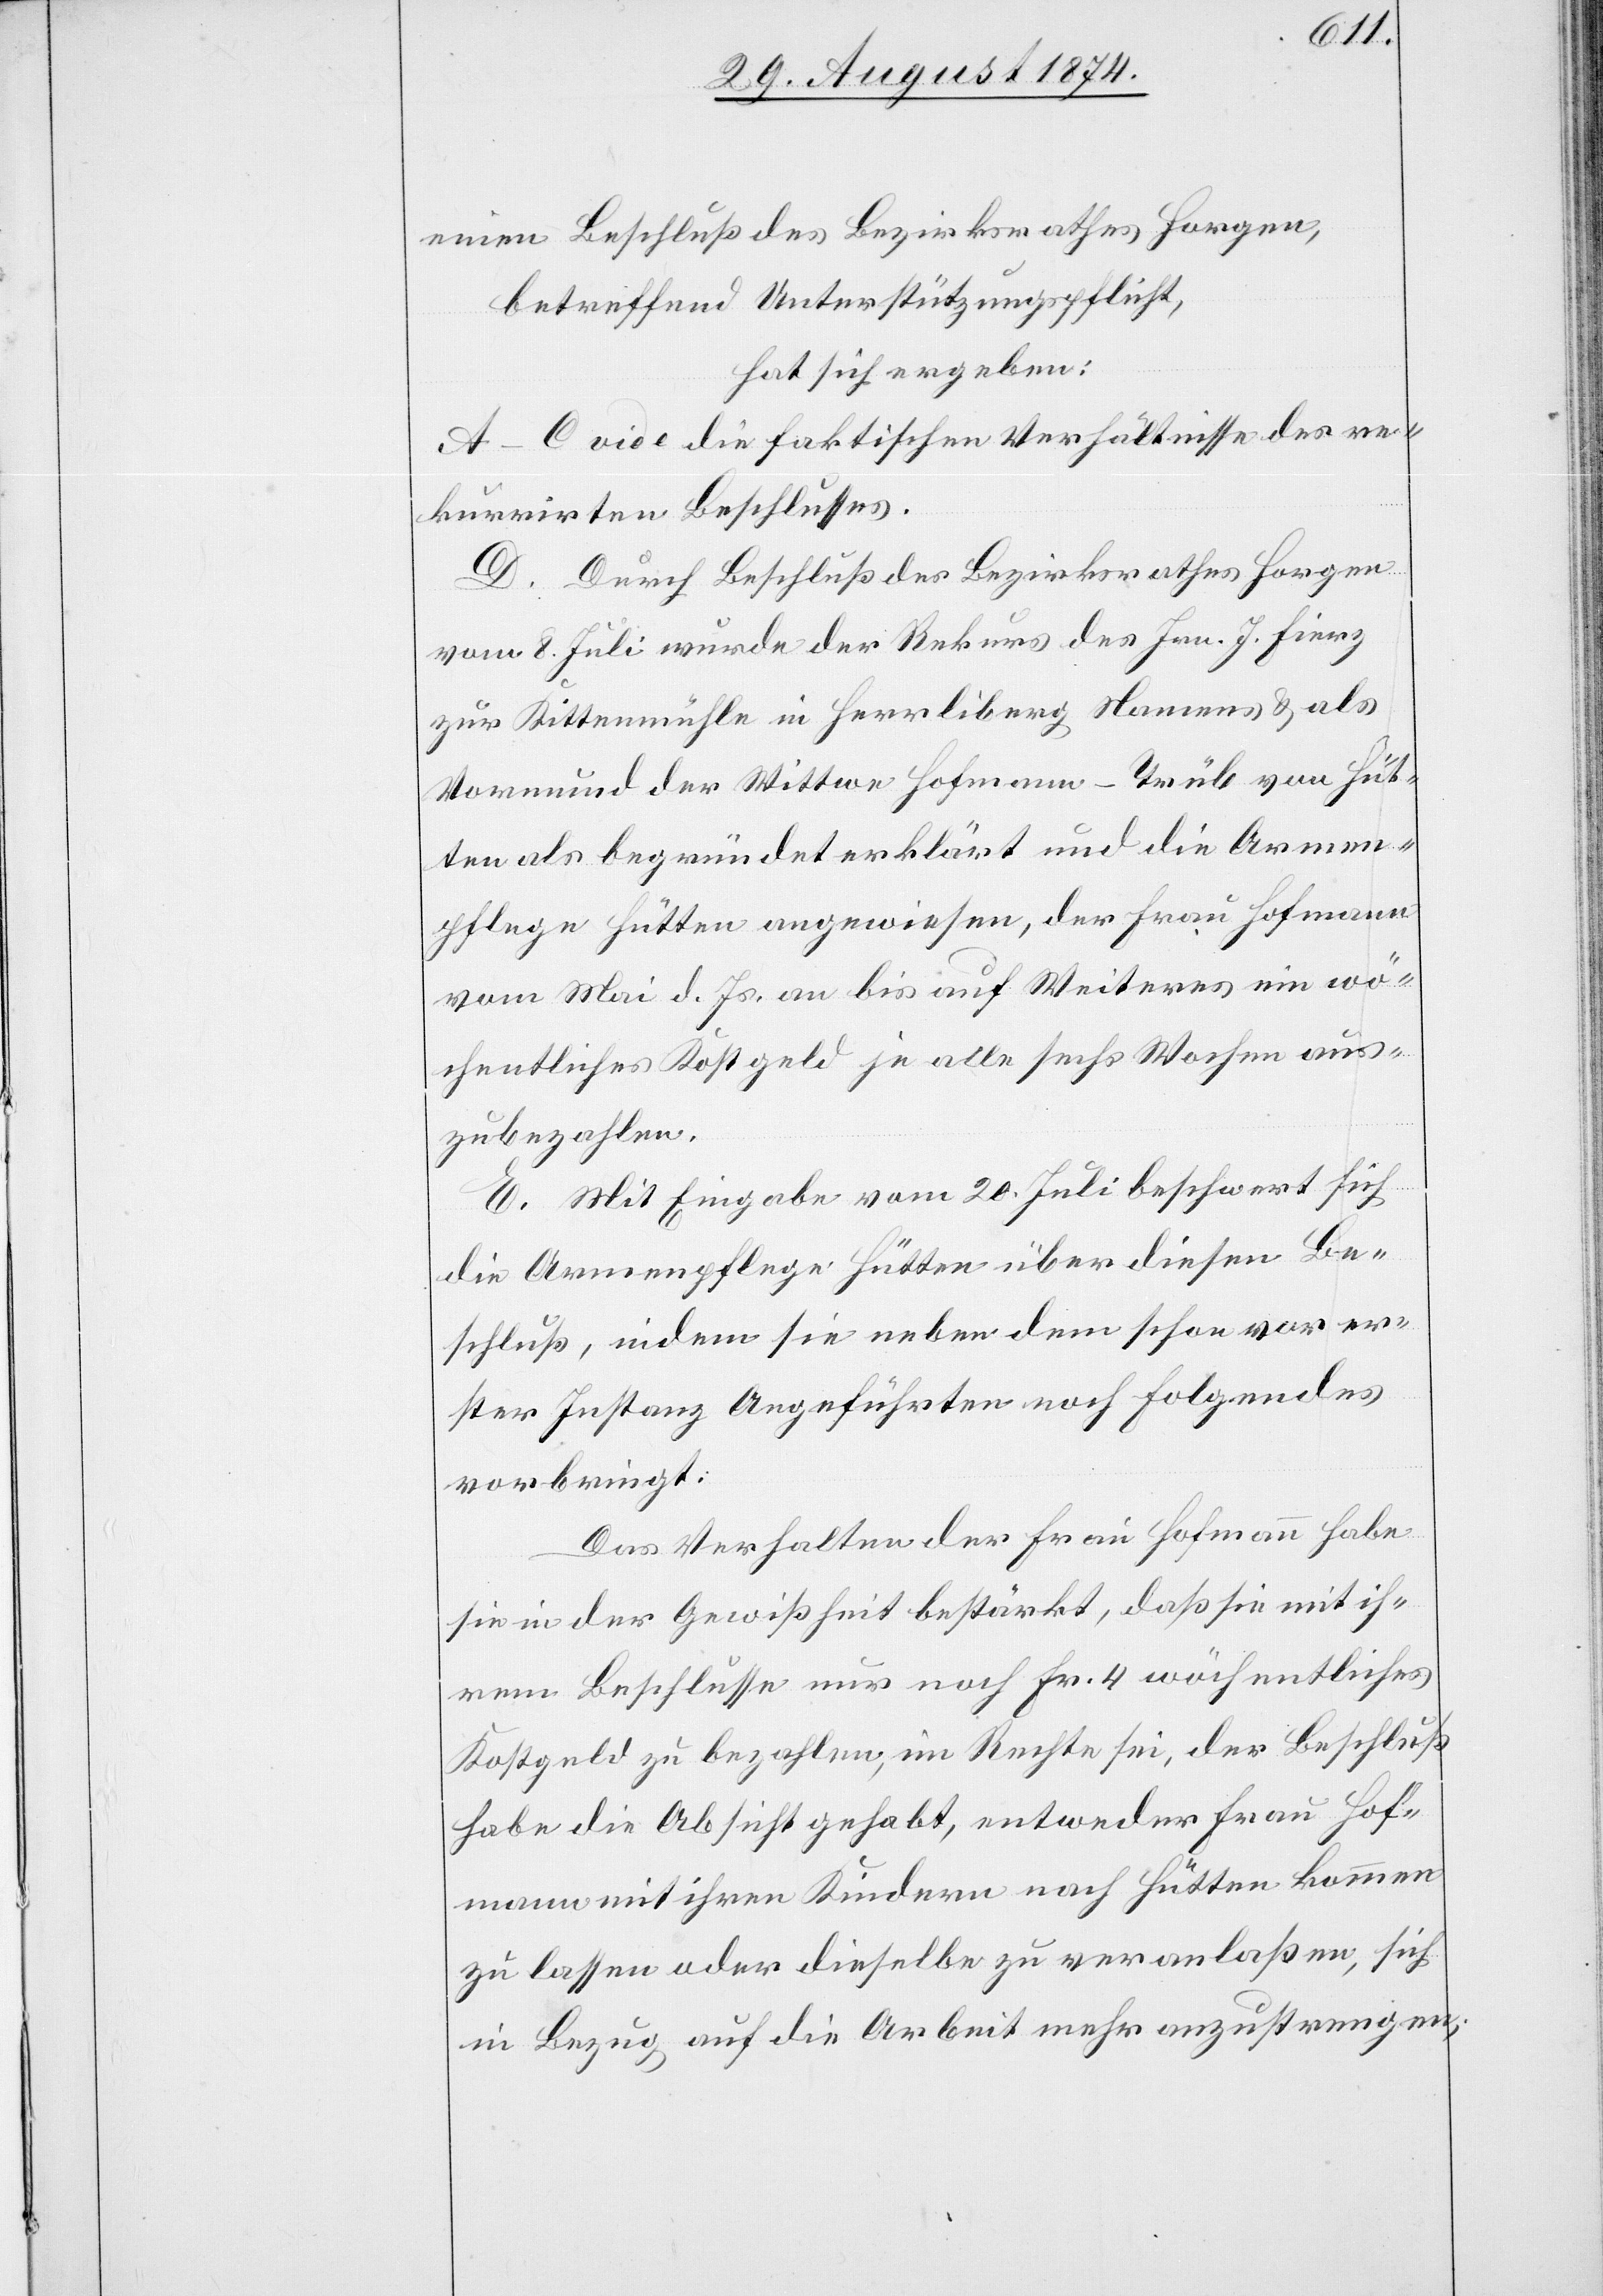
einen Beschluß des Bezirksrathes Horgen,
betreffend Unterstützungspflicht,
hat sich ergeben:
A.–C. vide die faktischen Verhältnisse des re¬
kurrirten Beschlusses.
D. Durch Beschluß des Bezirksrathes Horgen
vom 8. Juli wurde der Rekurs des Hrn. J. Fierz
zur Kittenmühle in Herrliberg Namens u. als
Vormund der Wittwe Hofmann-Trüb von Hüt¬
ten als begründet erklärt und die Armen¬
pflege Hütten angewiesen, der Frau Hofmann
vom Mai d. Js. an bis auf Weiteres ein wö¬
chentliches Kostgeld je alle sechs Wochen aus¬
zubezahlen.
E. Mit Eingabe vom 20. Juli beschwert sich
die Armenpflege Hütten über diesen Be¬
schluß, indem sie neben dem schon vor er¬
ster Instanz Angeführten noch Folgendes
vorbringt:
Das Verhalten der Frau Hofmann habe
sie in der Gewißheit bestärkt, daß sie mit ih¬
rem Beschlusse nur noch Fr. 4 wöchentliches
Kostgeld zu bezahlen, im Rechte sei, der Beschluß
habe die Absicht gehabt, entweder Frau Hof¬
mann mit ihren Kindern nach Hütten kommen
zu lassen oder dieselbe zu veranlaßen, sich
in Bezug auf die Arbeit mehr anzustrengen;